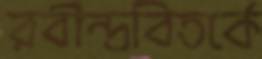
রবীন্দ্রবিতর্কে